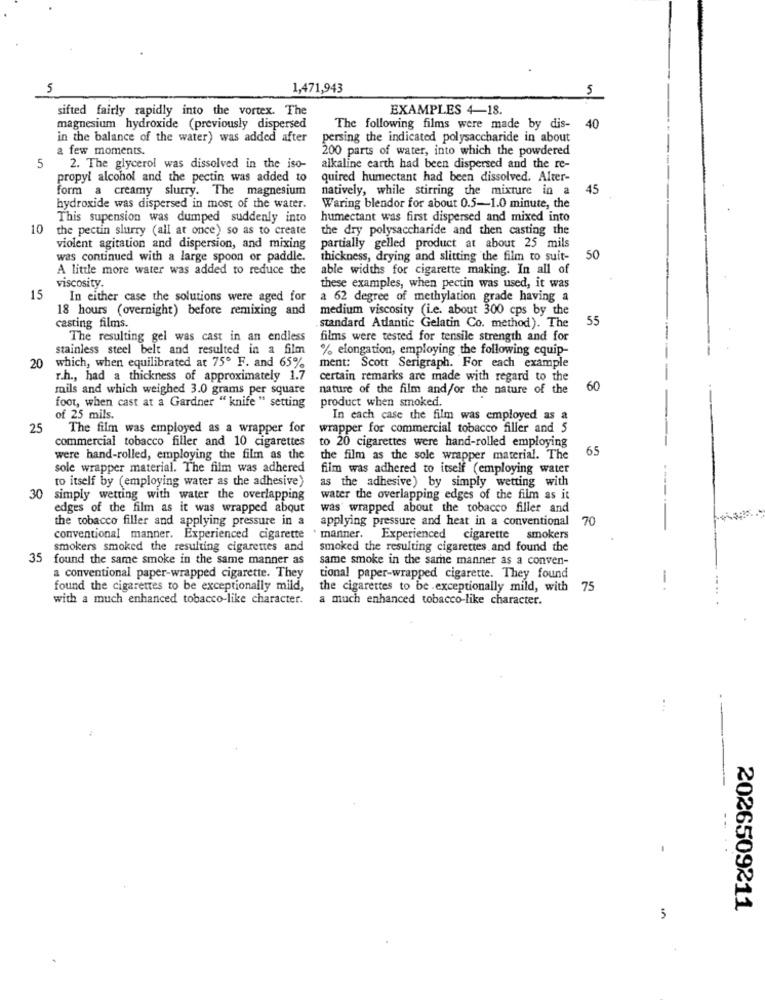
5
1,471,943
5
sifted fairly rapidly into the vortex. The
EXAMPLES 4-18.
magnesium hydroxide (previously dispersed
The following films were made by dis-
40
in the balance of the water) was added after
persing the indicated polysaccharide in about
a few moments.
200 parts of water, into which the powdered
5
2. The glycerol was dissolved in the iso-
alkaline earth had been dispersed and the re-
propyl alcohol and the pectin was added to
quired humectant had been dissolved. After-
form a creamy slurry. The magnesium
natively, while stirring the mixture in a
45
hydroxide was dispersed in most of the water.
Waring blendor for about 0.5-1.0 minute, the
This supension was dumped suddenly into
humectant was first dispersed and mixed into
10
the pectin slurry (all at once) so as to create
the dry polysaccharide and then casting the
violent agitation and dispersion, and mixing
partially gelled product at about 25 mils
was continued with a large spoon or paddle.
thickness, drying and slitting the film to suit-
50
A little more water was added to reduce the
able widths for cigarette making. In all of
viscosity.
these examples, when pectin was used, it was
15
In either case the solutions were aged for
a 62 degree of methylation grade having a
18 hours (overnight) before remixing and
medium viscosity (Le. about 300 cps by the
55
casting films.
standard Adantic Gelatin Co. method). The
The resulting gel was cast in an endless
films were tested for tensile strength and for
stainless steel belt and resulted in a film
% elongation, employing the following equip-
20
which, when equilibrated at 75º F. and 65%
ment: Scott Serigraph. For each example
r.h ., had a thickness of approximately 1.7
certain remarks are made with regard to the
mils and which weighed 3.0 grams per square
nature of the film and/or the nature of the
60
product when smoked.
foot, when cast at a Gardner " knife " setting
of 25 mils.
In each case the film was employed as a
25
The film was employed as a wrapper for
wrapper for commercial tobacco filler and 5
commercial tobacco filler and 10 cigarettes
to 20 cigarettes were hand-rolled employing
65
were hand-rolled, employing the film as the
the film as the sole wrapper material. The
sole wrapper material. The film was adhered
film was adhered to itself (employing water
to itself by (employing water as the adhesive)
as the adhesive) by simply wetting with
30
simply wetting with water the overlapping
water the overlapping edges of the film as it
edges of the film as it was wrapped about
was" wrapped about the tobacco filler and
the tobacco filler and applying pressure in a
applying pressure and heat in a conventional
70
conventional manner. Experienced cigarette
* manner. Experienced cigarette smokers
smokers smoked the resulting cigarettes and
smoked the resulting cigarettes and found the
35
found the same smoke in the same manner as
same smoke in the same manner as a conven-
a conventional paper-wrapped cigarette. They
tional paper-wrapped cigarette. They found
-
found the cigarettes to be exceptionally mild,
the cigarettes to be exceptionally mild, with
75
with a much enhanced tobacco-like character.
a much enhanced tobacco-like character.
...
2026509211
5